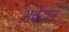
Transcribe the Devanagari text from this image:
अवेदान